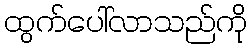
ထွက်ပေါ်လာသည်ကို